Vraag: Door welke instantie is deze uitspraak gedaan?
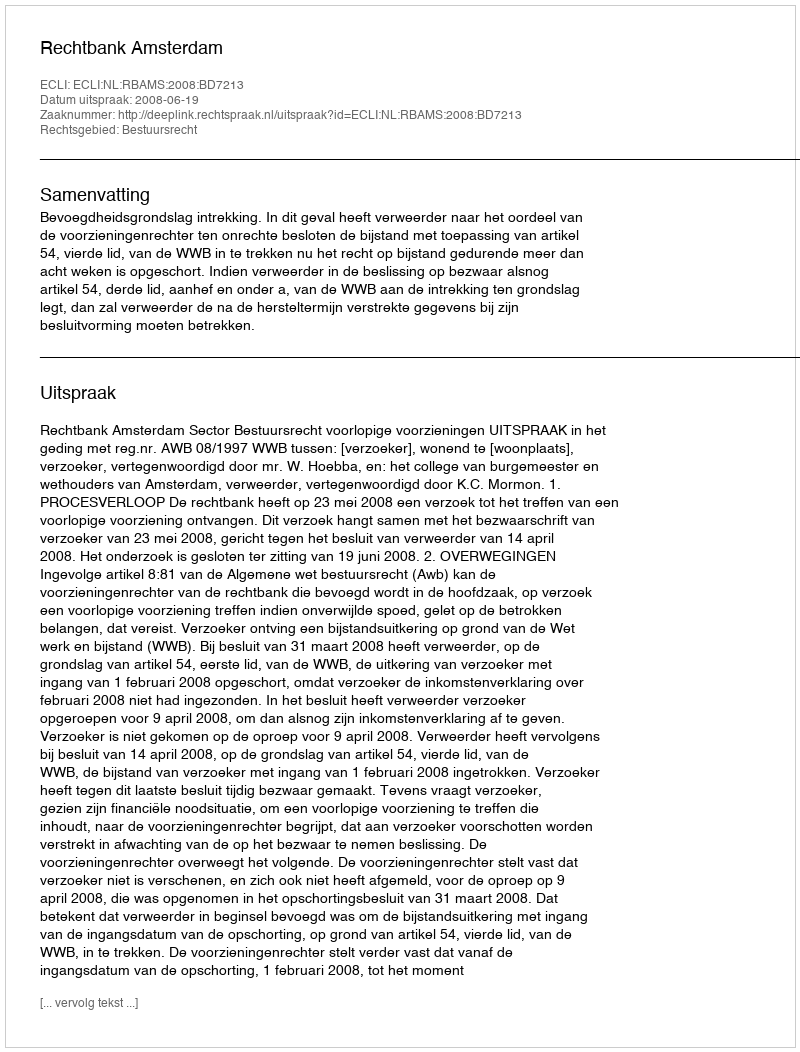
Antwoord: Rechtbank Amsterdam